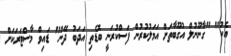
އެކު" "ގާނޫނުލް އުގޫބާތަށް އަމަލުކުރުން ފަސްކުރަނީ ބޮޑެތި އަދަބު ދޭން" ޑައިވް މާސްޓަރަކަށް